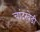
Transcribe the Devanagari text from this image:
चांदखेडी